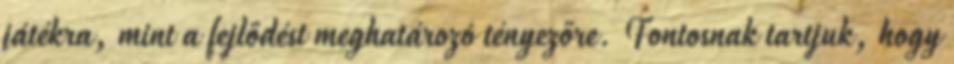
játékra, mint a fejlődést meghatározó tényezőre. Fontosnak tartjuk, hogy